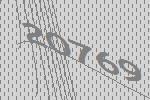
20769